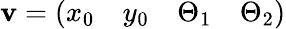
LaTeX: \mathbf{v}=\left(\begin{array}{llll}{x_{0}}&{y_{0}}&{\Theta_{1}}&{\Theta_{2}}\end{array}\right)